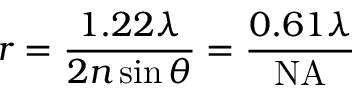
r = { \frac { 1 . 2 2 \lambda } { 2 n \sin { \theta } } } = { \frac { 0 . 6 1 \lambda } { \mathrm { N A } } }